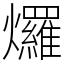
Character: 𤓓